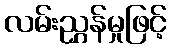
လမ်းညွှန်မှုဖြင့်